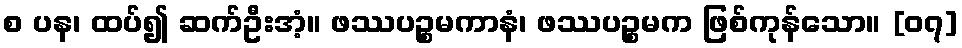
စ ပန၊ ထပ်၍ ဆက်ဦးအံ့။ ဖဿပဉ္စမကာနံ၊ ဖဿပဉ္စမက ဖြစ်ကုန်သော။ [၀၇]